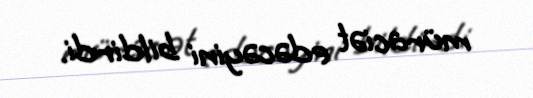
müraciət edəcəyini bildirdi.